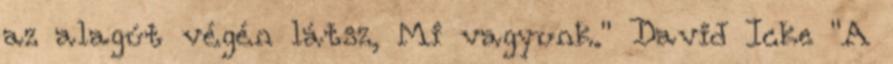
az alagút végén látsz, Mi vagyunk." David Icke ‎"A